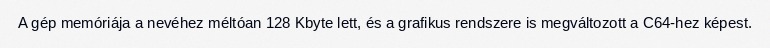
A gép memóriája a nevéhez méltóan 128 Kbyte lett, és a grafikus rendszere is megváltozott a C64-hez képest.